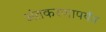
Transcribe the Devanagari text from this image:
अंतकरणापर्यंत